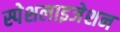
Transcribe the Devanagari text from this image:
स्पेशलाइजेशन